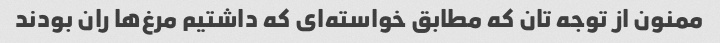
ممنون از توجه تان که مطابق خواسته‌ای که داشتیم مرغ‌ها ران بودند